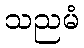
သညမံ